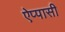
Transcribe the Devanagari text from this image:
ऐप्पासी